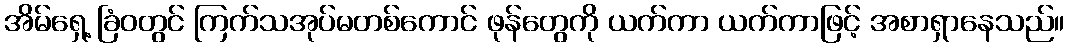
အိမ်ရှေ့ ခြံဝတွင် ကြက်သအုပ်မတစ်ကောင် ဖုန်တွေကို ယက်ကာ ယက်ကာဖြင့် အစာရှာနေသည်။